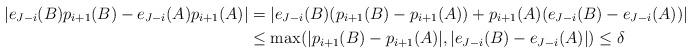
LaTeX: \begin{align*}|e_{J - i}(B)p_{i + 1}(B) - e_{J - i}(A)p_{i + 1}(A)|& = |e_{J - i}(B)(p_{i + 1}(B) - p_{i + 1}(A)) + p_{i + 1}(A)(e_{J - i}(B) - e_{J - i}(A))|\\&\leq \max(|p_{i + 1}(B) - p_{i + 1}(A)|, |e_{J - i}(B) - e_{J - i}(A)|) \leq \delta\end{align*}